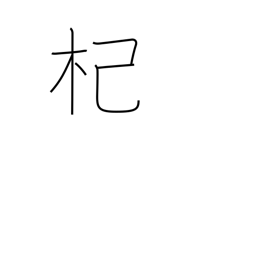
Meaning: river willow